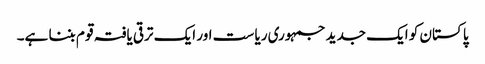
پا کستان کو ایک جدید جمہوری ریا ست اور ایک ترقی یافتہ قو م بننا ہے۔